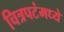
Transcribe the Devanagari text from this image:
चित्रपटंमध्ये